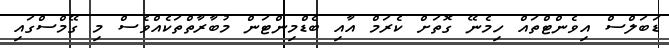
ޑަބަލްސް އިވެންޓްތައް ހިމެނޭ ގޮތަށް ކެރަމް އާއި ބެޑްމިންޓަން މުބާރާތްތަކެއްވެސް މި ގޭމްސްގައި